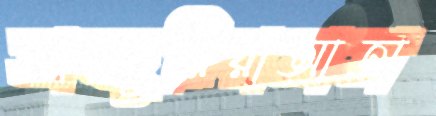
আজ্জুরিরাআতা